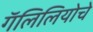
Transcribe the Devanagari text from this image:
गॅलिलियोचे